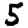
Digit: 5